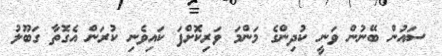
ސައުން ބޭނުން ވަނީ ކުދިންގެ މަންމަ ވަރިކޮށްފަ ކައިވެނި ކުރަން އެގޮތާ ގަބޫލު